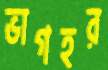
ভাগহর